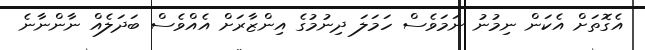
އެގޮތަށް އެކަން ނިމުނު ނަމަވެސް ހަމަލަ ދިނުމުގެ އިންޒާރަށް އެއްވެސް ބަދަލެއް ނާންނާނެ